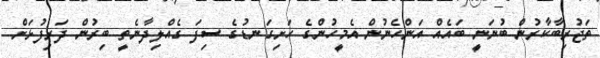
ތަޖުރިބާކާރުން ބުނަނީ ބައެއް އަންހެނުން އެމީހުންގެ ހަށިގަނޑުގެ ސިފަ ގެއްލިދާނެތީ ބިރުން ދަރިފުޅަށް